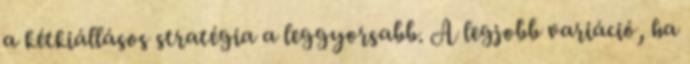
a kétkiállásos stratégia a leggyorsabb. A legjobb variáció, ha